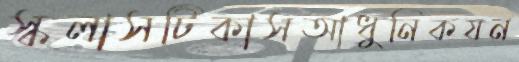
স্কলাসটিকাসআধুনিকযন